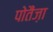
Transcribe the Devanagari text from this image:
पोतैंज़ा